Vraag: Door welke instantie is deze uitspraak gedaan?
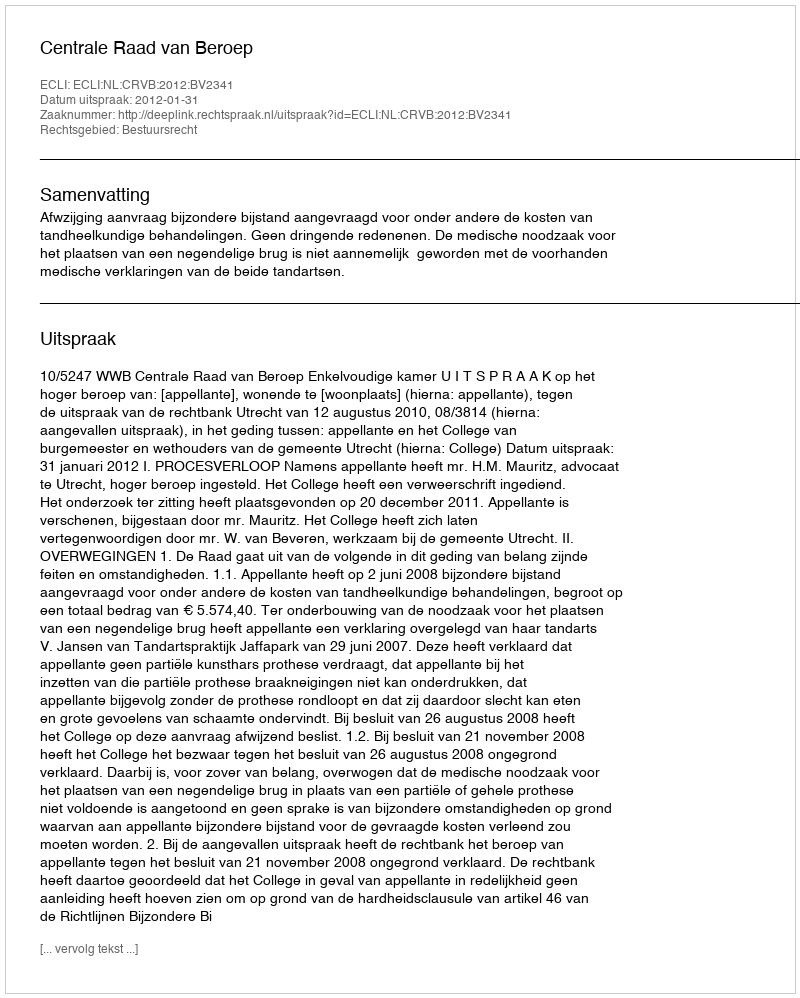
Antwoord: Centrale Raad van Beroep